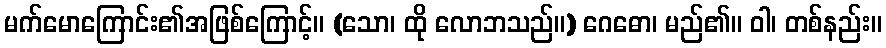
မက်မောကြောင်း၏အဖြစ်ကြောင့်။ (သော၊ ထို လောဘသည်။) ဂေဓော၊ မည်၏။ ဝါ၊ တစ်နည်း။